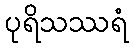
ပုရိသဿရံ